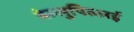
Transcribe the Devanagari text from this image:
वेल्लुपिल्लई